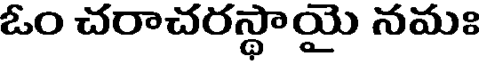
ఓం చరాచరస్థాయై నమః